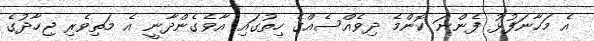
އެ މަހާނަފުޅު ފެންނަ ކޮންމެ ދިވެއްސެއްގެ ހިތުގައި އާވެގެންދާނީ އެ މަތިވެރި ޖިހާދުގެ